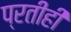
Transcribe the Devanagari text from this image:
प्रतीही